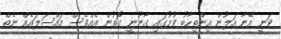
ވަނީ އޭނާ އަލުން އިންތިހާބު ވުމުގައި ގާނޫނީ ގޮތުން އެއްވެސް މައްސަލައެއް ނެތް